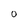
Character: O